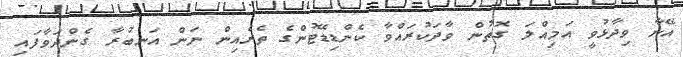
އޭނާ ވިދާޅުވީ އަމިއްލަ ގޮތުން ވާދަކުރައްވާ ކެންޑިޑޭޓުންގެ ތެރެއިން ނަން އަނބުރާ ގެންދަވާފައި